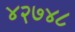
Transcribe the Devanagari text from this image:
४२७४८